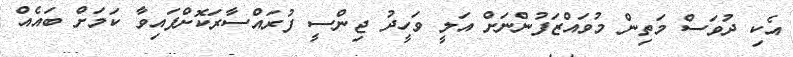
އެކި ދުވަސް މަތިން މުވައްޒަފުންނަށް އަލީ ވަހީދު ޖިންސީ ފުރައްސާރަކޮށްފައިވާ ކަމަށް ބައެއް